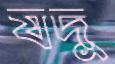
যদু